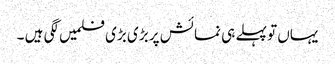
یہاں تو پہلے ہی نمائش پر بڑی بڑی فلمیں لگی ہیں ۔